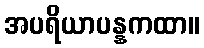
အပရိယာပန္နကထာ။